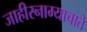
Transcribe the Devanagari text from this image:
जाहीरनाम्याचाते